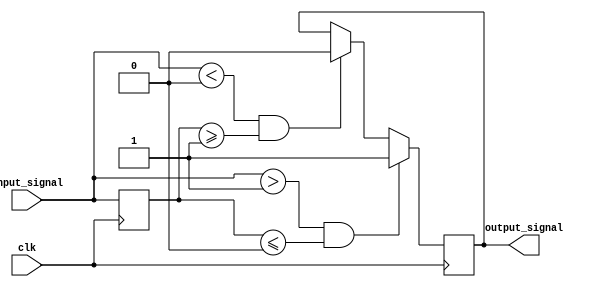
module schmitt_trigger_buffer (
    input wire clk,
    input wire input_signal,
    output reg output_signal
);

parameter UPPER_THRESHOLD = 1'b1;
parameter LOWER_THRESHOLD = 1'b0;

reg prev_input_signal;

always @(posedge clk) begin
    if (input_signal > UPPER_THRESHOLD && prev_input_signal <= LOWER_THRESHOLD) begin
        output_signal <= 1'b1;
    end else if (input_signal < LOWER_THRESHOLD && prev_input_signal >= UPPER_THRESHOLD) begin
        output_signal <= 1'b0;
    end
    prev_input_signal <= input_signal;
end

endmodule